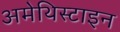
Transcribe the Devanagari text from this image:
अमेथिस्टाइन